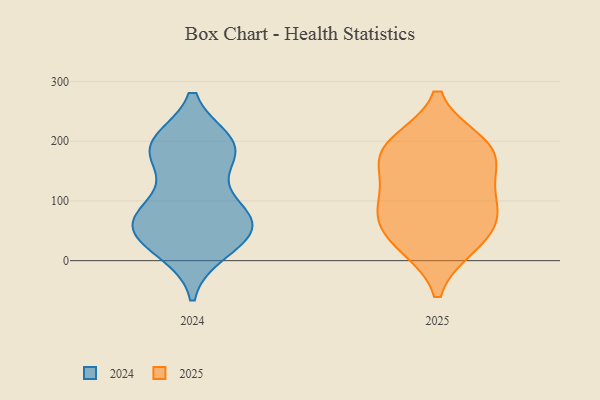
{"axis": {"x": "Demand Index", "y": "Value"}, "legend": ["2024", "2025"], "data": [{"x": "", "y": 180, "type": "2025"}, {"x": "", "y": 26, "type": "2025"}, {"x": "", "y": 70, "type": "2025"}, {"x": "", "y": 196, "type": "2025"}, {"x": "", "y": 85, "type": "2025"}, {"x": "", "y": 85, "type": "2025"}, {"x": "", "y": 30, "type": "2025"}, {"x": "", "y": 191, "type": "2025"}, {"x": "", "y": 126, "type": "2025"}, {"x": "", "y": 165, "type": "2025"}, {"x": "", "y": 56, "type": "2024"}, {"x": "", "y": 177, "type": "2024"}, {"x": "", "y": 197, "type": "2024"}, {"x": "", "y": 74, "type": "2024"}, {"x": "", "y": 61, "type": "2024"}, {"x": "", "y": 58, "type": "2024"}, {"x": "", "y": 191, "type": "2024"}, {"x": "", "y": 176, "type": "2024"}, {"x": "", "y": 92, "type": "2024"}, {"x": "", "y": 195, "type": "2024"}, {"x": "", "y": 46, "type": "2024"}, {"x": "", "y": 20, "type": "2024"}, {"x": "", "y": 98, "type": "2024"}, {"x": "", "y": 193, "type": "2024"}, {"x": "", "y": 54, "type": "2024"}, {"x": "", "y": 17, "type": "2024"}]}